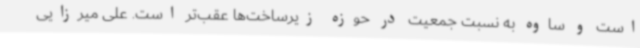
است و ساوه به نسبت جمعیت در حوزه زیرساخت‌ها عقب‌تر است. علی میرزایی